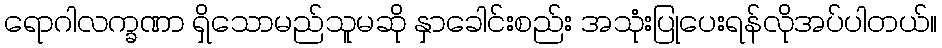
ရောဂါလက္ခဏာ ရှိသောမည်သူမဆို နှာခေါင်းစည်း အသုံးပြုပေးရန်လိုအပ်ပါတယ်။